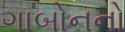
ગાબોનનો